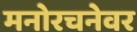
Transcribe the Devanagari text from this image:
मनोरचनेवर